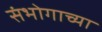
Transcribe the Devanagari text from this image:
संभोगाच्या